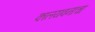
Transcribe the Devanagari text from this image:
कालयवनाचा